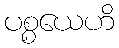
ပစ္စယေဟိ